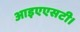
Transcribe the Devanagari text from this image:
आइएएसटी।